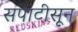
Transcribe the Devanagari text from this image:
सपाटीसून